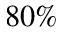
8 0 \%